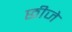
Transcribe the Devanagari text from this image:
छीजे